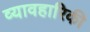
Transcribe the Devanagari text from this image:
व्यावहारिकी